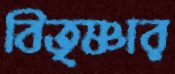
বিতৃষ্ণার